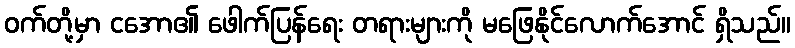
ဝက်တို့မှာ ငအော၏ ဖေါက်ပြန်ရေး တရားများကို မဖြေနိုင်လောက်အောင် ရှိသည်။